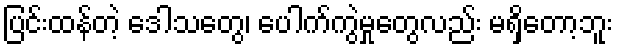
ပြင်းထန်တဲ့ ဒေါသတွေ၊ ပေါက်ကွဲမှုတွေလည်း မရှိတော့ဘူး